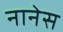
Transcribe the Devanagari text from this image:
नानेस